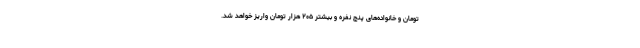
تومان و خانواده‌های پنج نفره و بیشتر ۲۰۵ هزار تومان واریز خواهد شد.